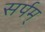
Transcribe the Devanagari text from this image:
सर्पम्